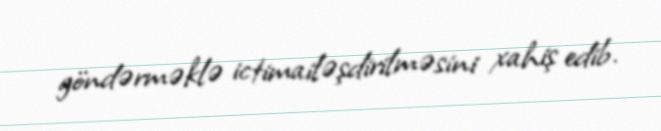
göndərməklə ictimailəşdirilməsini xahiş edib.